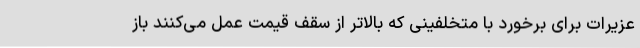
عزیرات برای برخورد با متخلفینی که بالاتر از سقف قیمت عمل می‌کنند باز